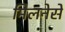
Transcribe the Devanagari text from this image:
मिलनेसे